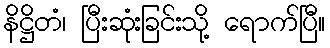
နိဋ္ဌိတံ၊ ပြီးဆုံးခြင်းသို့ ရောက်ပြီ။